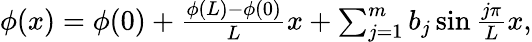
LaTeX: \begin{array}{r}{\phi(x)=\phi(0)+\frac{\phi(L)-\phi(0)}{L}x+\sum_{j=1}^{m}b_{j}\sin\frac{j\pi}{L}x,}\end{array}